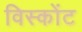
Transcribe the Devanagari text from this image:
विस्कोंट